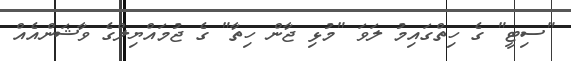
"ސިޓީ" ގެ ހިތްގައިމު ލަވަ "މުޅި ޖާން ހިތާ" ގެ ޖުމައްޔިލްގެ ވާޝަންއެއް